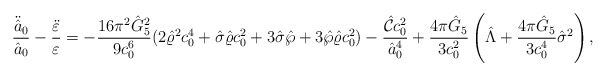
\begin{align*}{\ddot{\hat{a}}_0\over\hat{a}_0}-{\ddot{\varepsilon}\over\varepsilon}=-{{16\pi^2\hat{G}^2_5}\over{9c^6_0}}(2\hat{\varrho}^2c^4_0+\hat{\sigma}\hat{\varrho}c^2_0+3\hat{\sigma}\hat{\wp}+3\hat{\wp}\hat{\varrho}c^2_0)-{{\hat{\cal C}c^2_0}\over\hat{a}^4_0}+{{4\pi\hat{G}_5}\over{3c^2_0}}\left(\hat{\Lambda}+{{4\pi\hat{G}_5}\over{3c^4_0}}\hat{\sigma}^2\right),\end{align*}